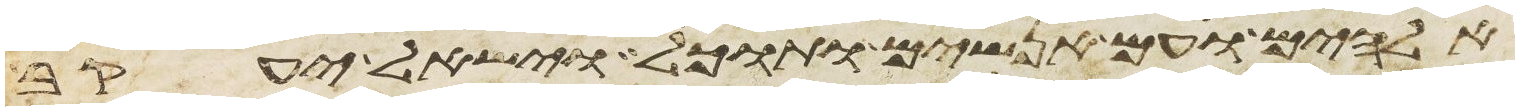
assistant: אלהים ועם אנשים ותוכל וישאל יעקב